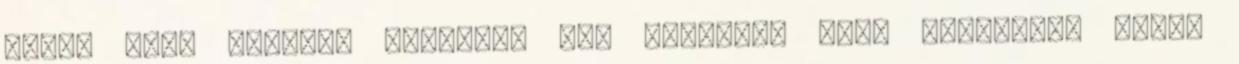
fehér cápa harapós kedvében úgy döntött, hogy figyelmen kívül